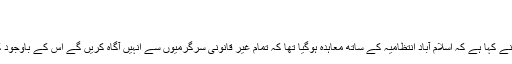
Posted in خبر | 7 Comments »
جنگ آن لائن کے مطابق
لال مسجد کے نائب خطیب مولانا عبدالرشید غازی نے کہا ہے کہ اسلام آباد انتظامیہ کے ساتھ معاہدہ ہوگیا تھا کہ تمام غیر قانونی سرگرمیوں سے اُنہیں آگاہ کریں گے اس کے باوجود کارروائی کی جارہی ہے جو سمجھ سے بالا تر ہے۔